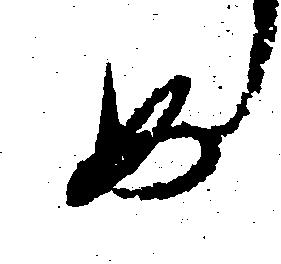
め